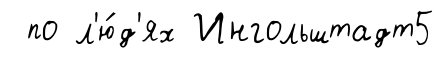
по л'ю́д'ях Ингольштадт5